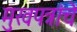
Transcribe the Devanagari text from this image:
मुखपत्रांचे